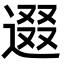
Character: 逫